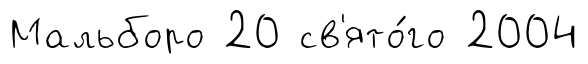
Мальборо 20 св'ято́го 2004